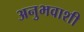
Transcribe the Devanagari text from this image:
अनुभवाशी